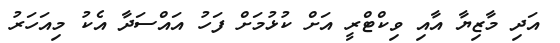
އަދި މާޒިޔާ އާއި ވިކްޓްރީ އަށް ކުޅުމަށް ފަހު އައްސަދާ އެކު މިއަހަރު